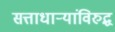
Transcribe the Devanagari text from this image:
सत्ताधाऱ्यांविरुद्ध